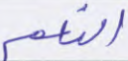
النعم